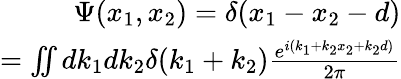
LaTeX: \begin{array}{r}{\Psi(x_{1},x_{2})=\delta(x_{1}-x_{2}-d)}\\ {=\iint dk_{1}dk_{2}\delta(k_{1}+k_{2})\frac{e^{i(k_{1}+k_{2}x_{2}+k_{2}d)}}{2\pi}}\end{array}